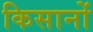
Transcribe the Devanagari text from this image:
किसानों